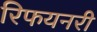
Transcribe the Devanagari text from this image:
रिफयनरी